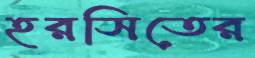
হরসিতের